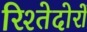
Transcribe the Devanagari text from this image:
रिश्तेदोरों